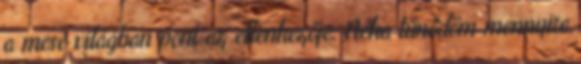
a mese világban pont az ellenkezője. Néha tűnődöm mennyire